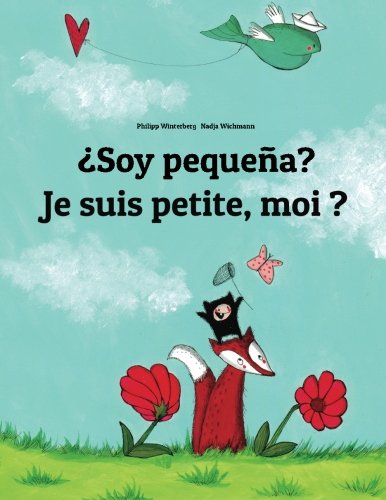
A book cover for Â¿Soy pequeÃ±a? Je suis petite, moi ?: Libro infantil ilustrado espaÃ±ol-francÃ©s (EdiciÃ³n bilingÃ¼e) (Spanish Edition); Philipp Winterberg; Children's Books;